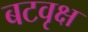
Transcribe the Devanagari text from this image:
बटवृक्ष